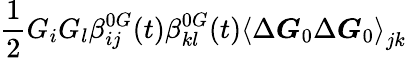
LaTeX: \frac{1}{2}G_{i}G_{l}\beta_{ij}^{0G}(t)\beta_{kl}^{0G}(t)\left\langle\Delta\boldsymbol{G}_{0}\Delta\boldsymbol{G}_{0}\right\rangle_{jk}